Vaccination in the Punjab 1883-1896 - 1883-1896
Year: 1883
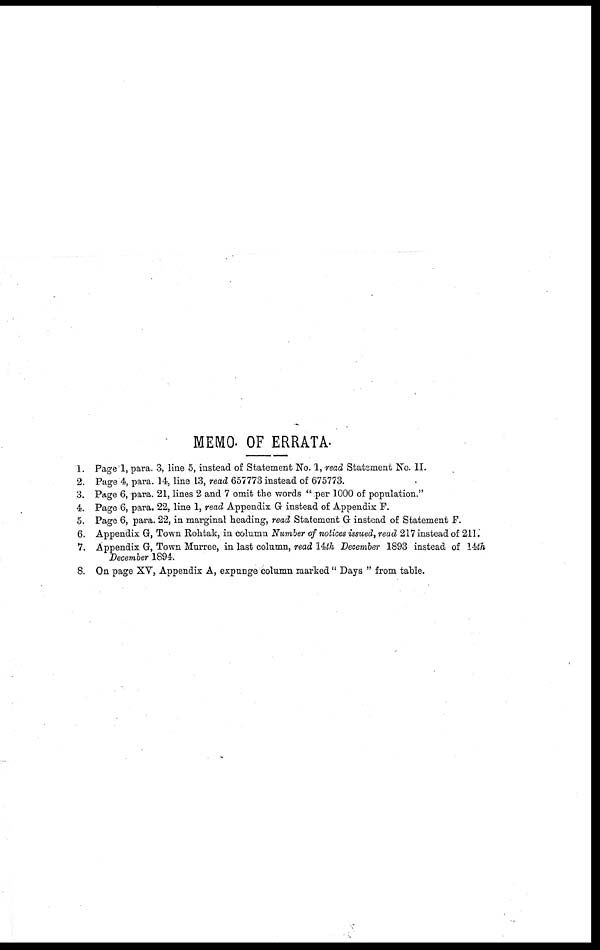
MEMO. OF ERRATA.
1. Page 1, para. 3, line 5, instead of Statement No. 1, read Statement No. II.
2. Page 4, para. 14, line 13, read 657773 instead of 675773.
3. Page 6, para. 21, lines 2 and 7 omit the words " per 1000 of population."
4. Page 6, para. 22, line 1, read Appendix G instead of Appendix F.
5. Page 6, para. 22, in marginal heading, read Statement G instead of Statement F.
6. Appendix G, Town Rohtak, in column Number of notices issued, read 217 instead of 211.
7. Appendix G, Town Murree, in last column, read 14th December 1893 instead of 14th
December 1894.
8. On page XV, Appendix A, expunge column marked " Days " from table.